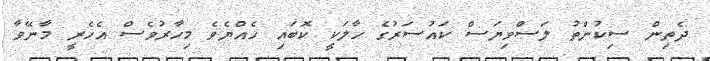
ދެތިން ސިކުންތު ލަސްވިޔަސް ކައުސަރުގެ ހާލަކީ ކޮބައި ހެއްޔެވެ މިހާރުވެސް އެހެރީ މާނޭވާ